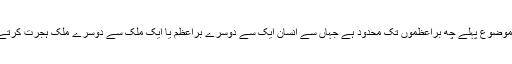
ہمارا موضوع پہلے چھ براعظموں تک محدود ہے جہاں سے انسان ایک سے دوسرے براعظم یا ایک ملک سے دوسرے ملک ہجرت کرتے ہیں ۔